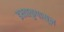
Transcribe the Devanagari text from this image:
इक्ष्वाकुपासून